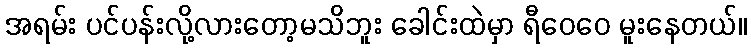
အရမ်း ပင်ပန်းလို့လားတော့မသိဘူး ခေါင်းထဲမှာ ရီဝေဝေ မူးနေတယ်။